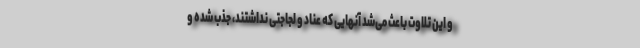
و این تلاوت باعث می‌شد آنهایی که عناد و لجاجتی نداشتند، جذب شده و